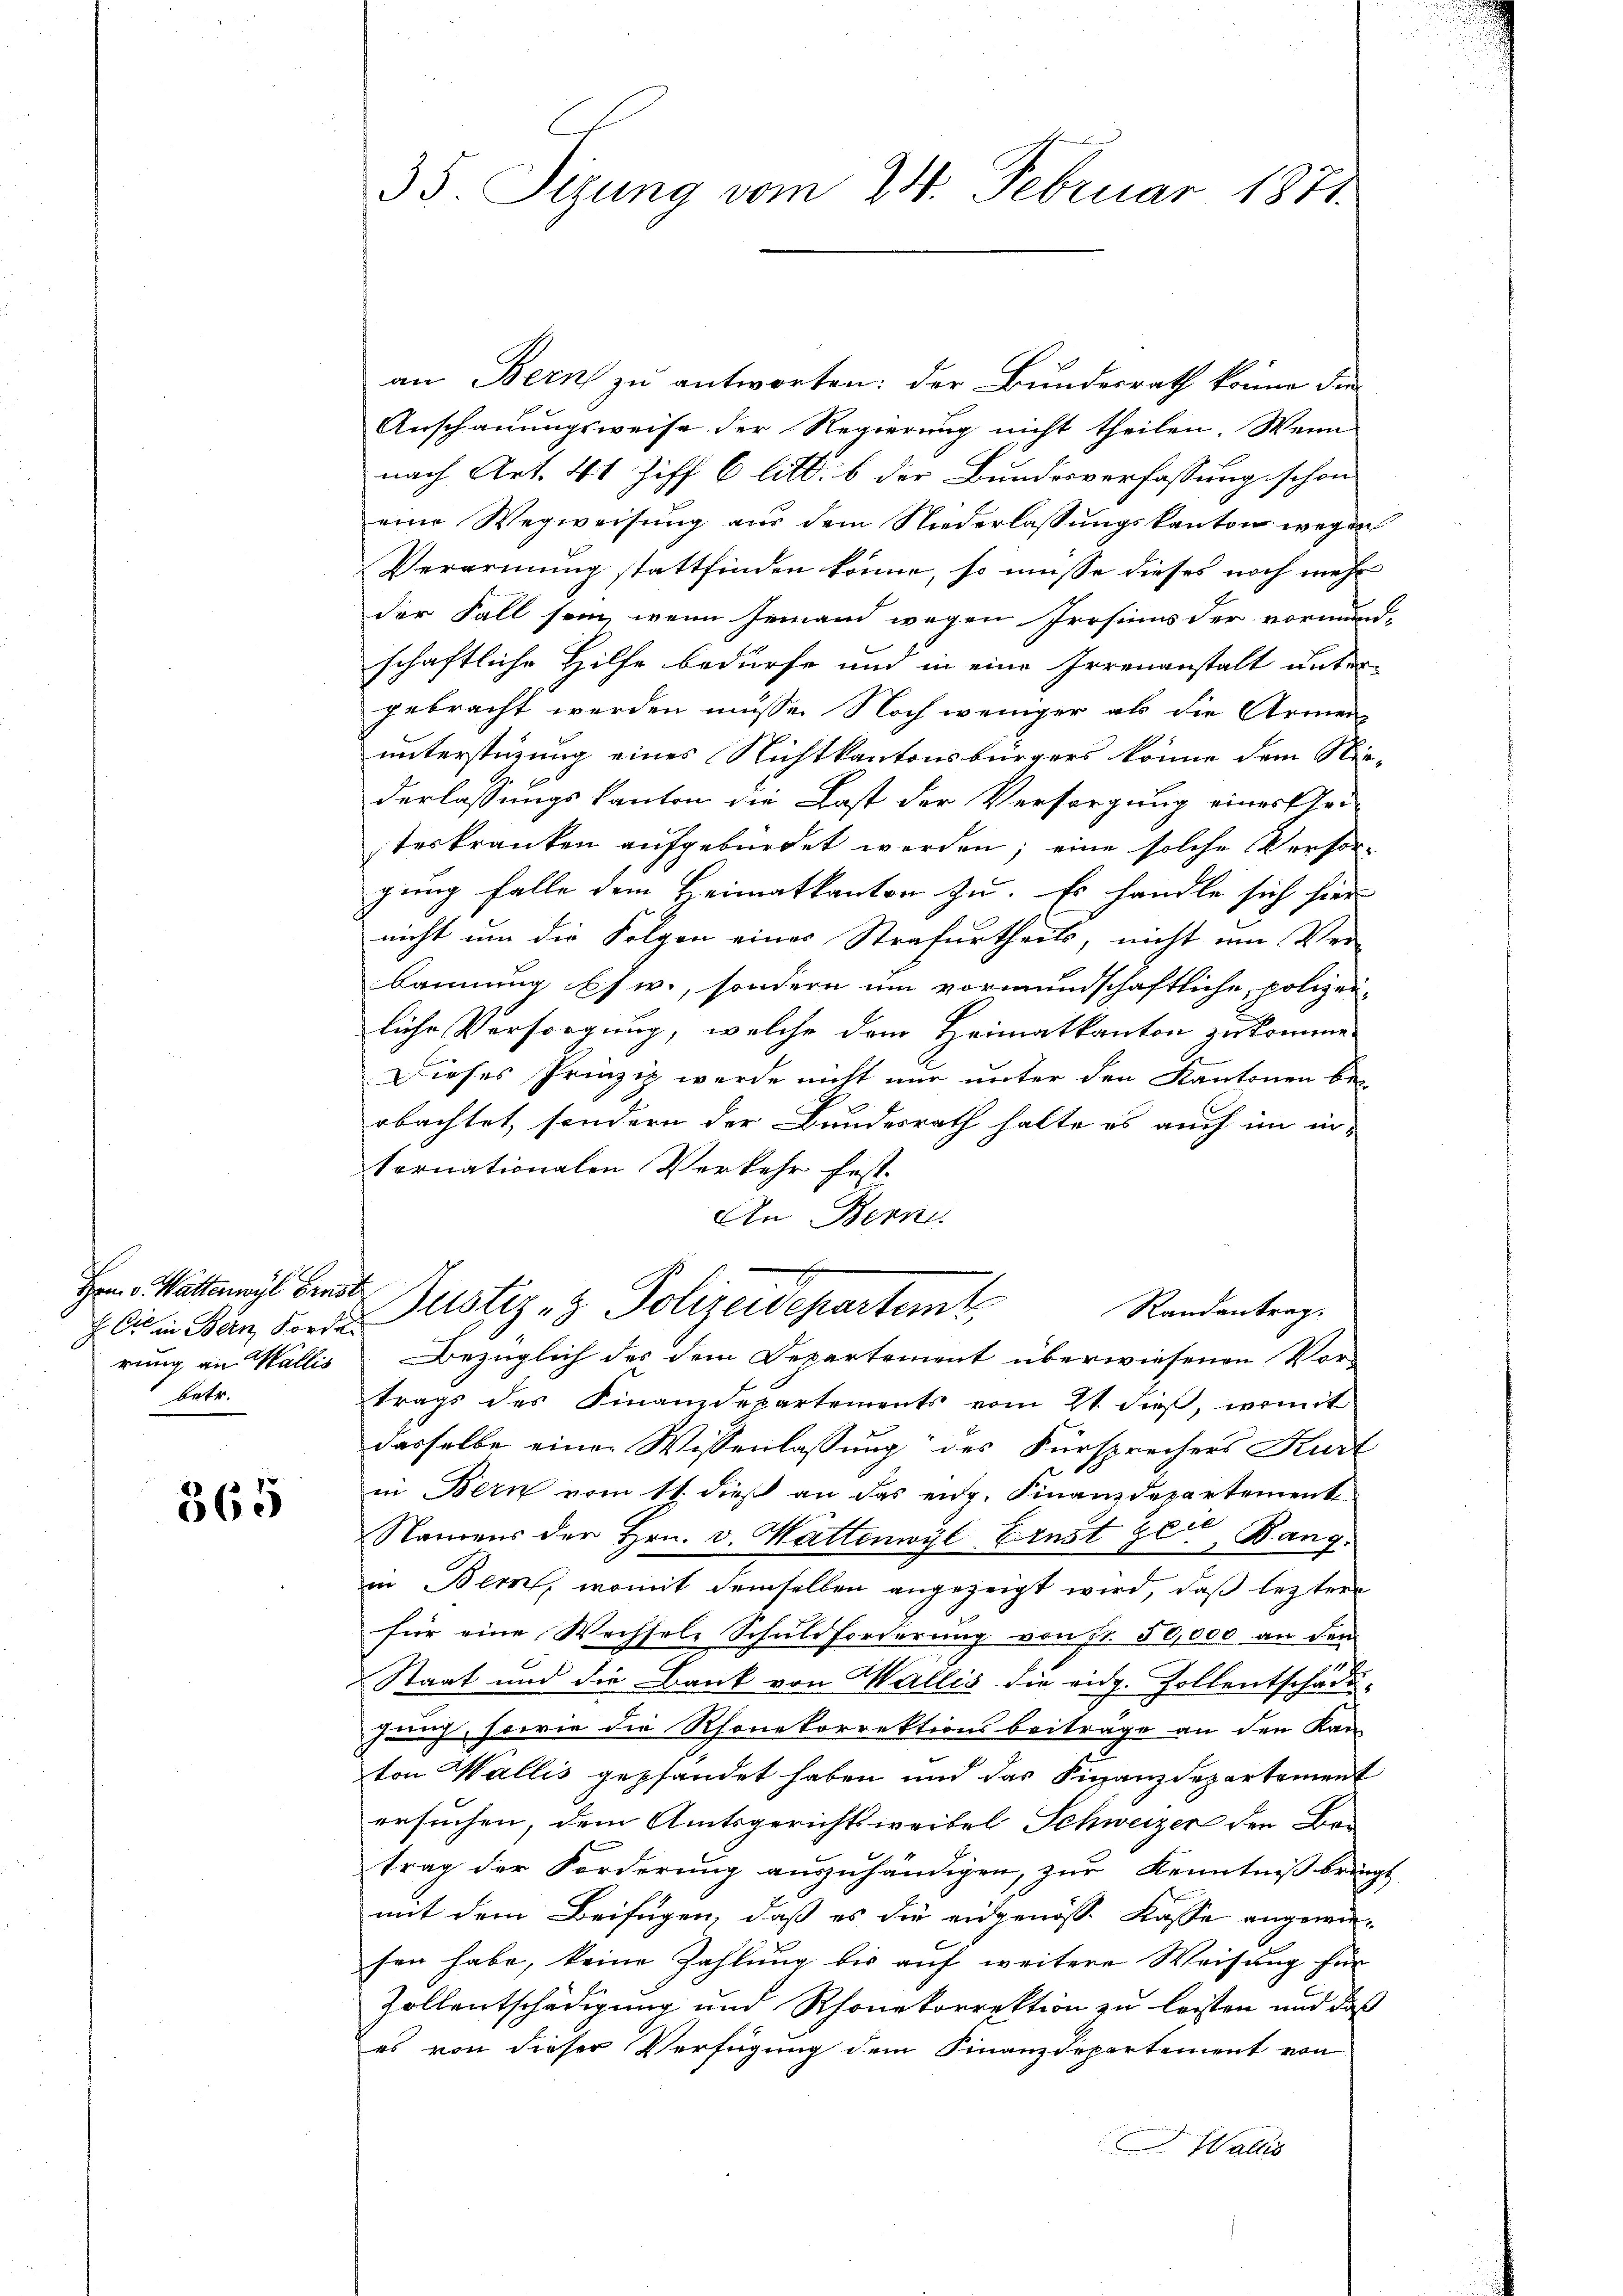
Hrn. v. Wattenwyl breist.
rung an Wallis
betr.

365

35. Sizung vom 24. Februar 1871.

an Bern zu antworten: der Bundesrath könne die
Anschauungsweise der Regierung nicht theilen. Wenn
nach Art. 41 Ziff 6 litt. b der Bundesverfassung schon
eine Wegweisung aus dem Niederlassungskanton wegen
Verarmung stattfinden könne, so müsse dieses noch mehr
der Fall sein, wenn jemand wegen Prosius der vormund-
schaftliche Hilfe bedürfe und in eine Irrenanstalt unter-
gebracht werden müsse. Noch weniger als die Armen
unterstüzung eines Nichtkantonsbürgers könne dem Nie-
derlassungs kanton die Last der Versorgung einer sei-
teskranken aufgebürdet werden; eine solche Versorgung falle dem Heimatkanton zu. Es handle sich hier
nicht um die Folgen eines Strafurtheils, nicht um Ver-
bannung usw., sondern um vormundschaftliche polizei-
liche Versorgung, welche dem Heimatkanton zu komme
Dieses Prinzip werde nicht nur unter den Kantonen be-
obachtet, sondern der Bundesrath halte es auch im in-
ternationalen Verkehr fest.
An Bern.
Randantrag.
 die in Bern, Forde Justiz- & Polizeidepartemt,
Bezüglich des dem Departement überwiesenen Vortrags des Finanzdepartements vom 21. dieß, womit
dasselbe einer Wissenlassung des Fürsprechers Kurt
in Bern vom 11. dieß an das eidg. Finanzdepartement
Namens der Hrn. v. Wattenwyl Ernst ze Bang
in Bern, womit demselben angezeigt wird, daß leztere
für eine Wechsele Schuldforderung von Fr. 50,000 an den
Staat und die Bank von Wallis die eidg. Zollentschädi-
fauch, sowie die Rhonekorrektionsbeitrage an den Kan-
ton Wallis gepfandet haben und das Finanzdepartement
ersuchen, dem Amtsgerichtsweibel Schweizer den Betrag der Forderung auszuhändigen, zur Kenntniß bringt
mit dem Beifügen, daß es die eidgenöss. Kasse angewiesen habe, keine Zahlung bis auf weitere Weisung für
Zollentschädigung und Rhonekorrektion zu leisten und daß
es von dieser Verfügung dem Finanzdepartement von
Wallis